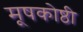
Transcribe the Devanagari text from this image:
मूषकोष्ठी